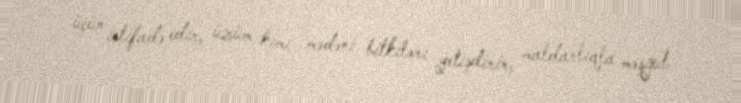
üçün istifadə edir, üzüm kimi mədəni bitkiləri yetişdirir, maldarlıqla məşğul